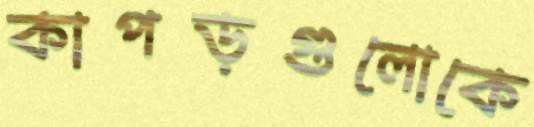
কাপড়গুলোকে